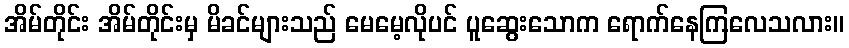
အိမ်တိုင်း အိမ်တိုင်းမှ မိခင်များသည် မေမေ့လိုပင် ပူဆွေးသောက ရောက်နေကြလေသလား။